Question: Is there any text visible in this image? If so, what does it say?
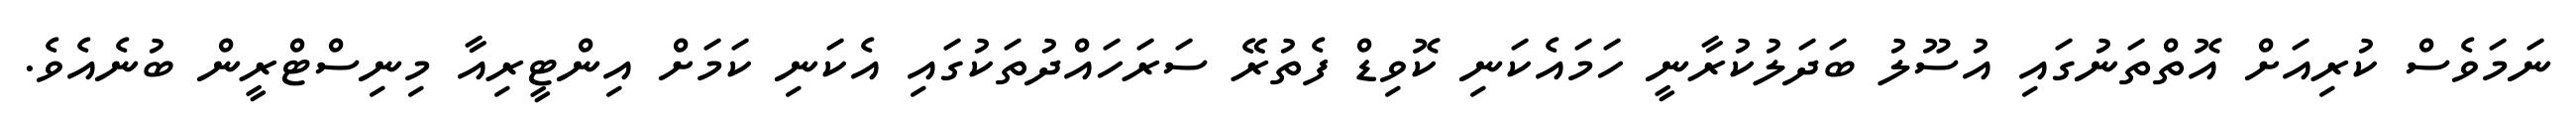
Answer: ނަމަވެސް ކުރިއަށް އޮތްތަނުގައި އުސޫލު ބަދަލުކުރާނީ ހަމައެކަނި ކޮވިޑް ފެތުރޭ ސަރަހައްދުތަކުގައި އެކަނި ކަމަށް އިންޓީރިއާ މިނިސްޓްރީން ބުނެއެވެ.